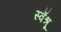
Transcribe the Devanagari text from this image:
स्वॅश्रू